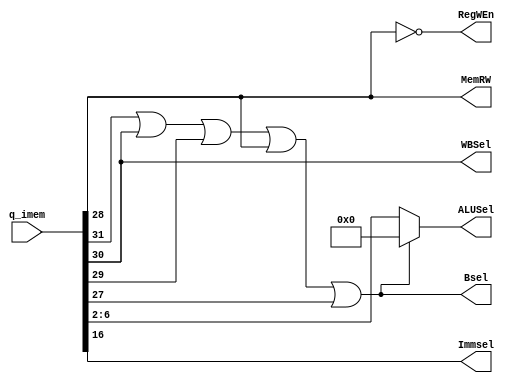
module ConLogic(
	q_imem,Immsel, RegWEn, 
	Bsel, ALUSel, MemRW, WBSel
);
	input [31:0] q_imem;
	output Immsel, RegWEn, Bsel, MemRW, WBSel;
	output [4:0] ALUSel;
	
	assign Immsel = q_imem[16];
	assign RegWEn = ~q_imem[28];
	or or1(Bsel, q_imem[31],q_imem[30],q_imem[29],q_imem[28], q_imem[27]);
	assign ALUSel = Bsel ? 5'b00000 : q_imem[6:2];
	assign MemRW = q_imem[28]; //sw 001'1'1
	assign WBSel = q_imem[30]; // lw 0'1'000
	//assign WBSel = 1'b1;
	
endmodule